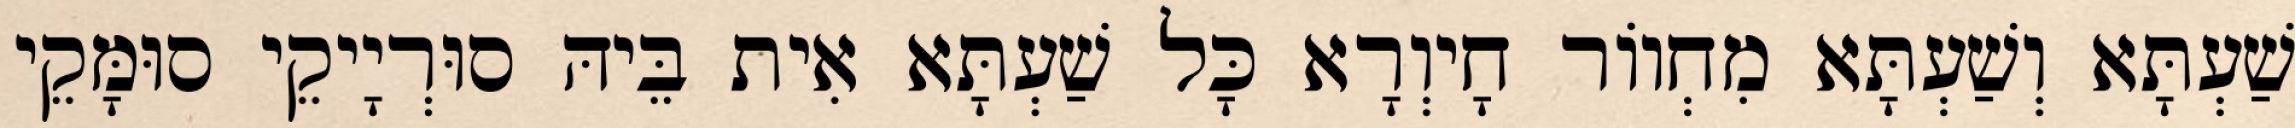
שַׁעְתָּא וְשַׁעְתָּא מִחְווֹר חָיוְרָא כָּל שַׁעְתָּא אִית בֵּיהּ סוּרְיָיקֵי סוּמָּקֵי